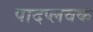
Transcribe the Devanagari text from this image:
पादप्लवक